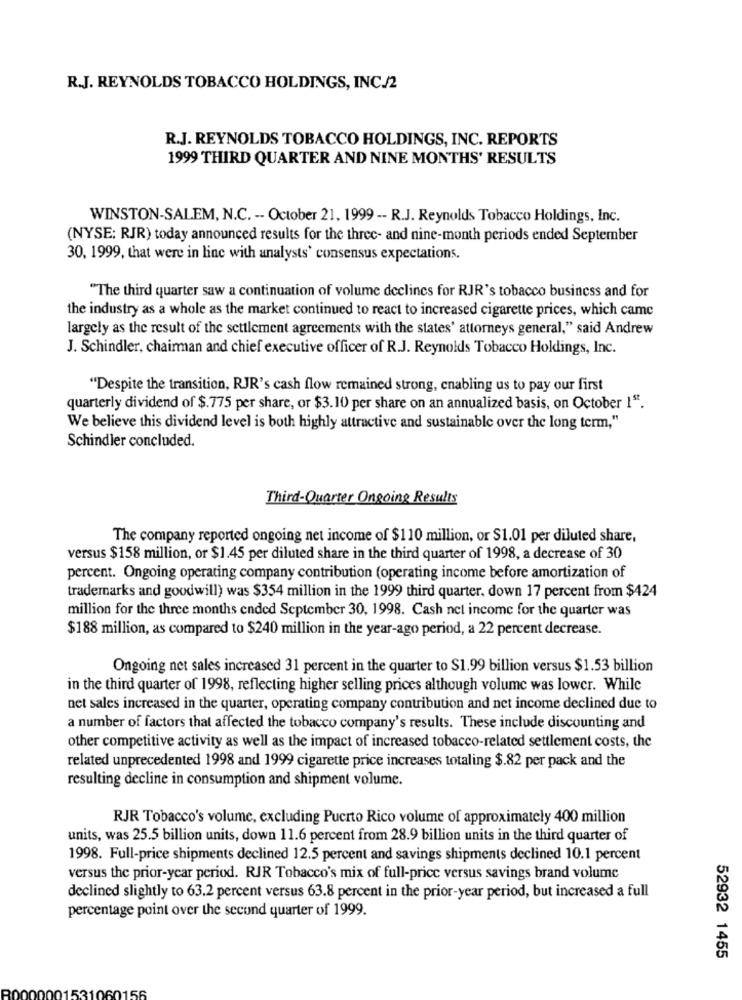
R.J. REYNOLDS TOBACCO HOLDINGS, INC./2
R.J. REYNOLDS TOBACCO HOLDINGS, INC. REPORTS
1999 THIRD QUARTER AND NINE MONTHS' RESULTS
WINSTON-SALEM, N.C. -- October 21, 1999 -- R.J. Reynolds Tobacco Holdings, Inc.
(NYSE: RJR) today announced results for the three- and nine-month periods ended September
30, 1999, that were in line with analysts' consensus expectations.
"The third quarter saw a continuation of volume declines for RJR's tobacco business and for
the industry as a whole as the market continued to react to increased cigarette prices, which came
largely as the result of the settlement agreements with the states' attorneys general," said Andrew
J. Schindler, chairman and chief executive officer of R.J. Reynolds Tobacco Holdings, Inc.
"Despite the transition, RJR's cash flow remained strong, enabling us to pay our first
quarterly dividend of $.775 per share, or $3.10 per share on an annualized basis, on October 1".
We believe this dividend level is both highly attractive and sustainable over the long term,"
Schindler concluded.
Third-Quarter Ongoing Results
The company reported ongoing net income of $110 million, or $1.01 per diluted share,
versus $158 million, or $1.45 per diluted share in the third quarter of 1998, a decrease of 30
percent. Ongoing operating company contribution (operating income before amortization of
trademarks and goodwill) was $354 million in the 1999 third quarter. down 17 percent from $424
million for the three months ended September 30, 1998. Cash net income for the quarter was
$188 million, as compared to $240 million in the year-ago period, a 22 percent decrease.
Ongoing net sales increased 31 percent in the quarter to $1.99 billion versus $1.53 billion
in the third quarter of 1998, reflecting higher selling prices although volume was lower. While
net sales increased in the quarter, operating company contribution and net income declined due to
a number of factors that affected the tobacco company's results. These include discounting and
other competitive activity as well as the impact of increased tobacco-related settlement costs, the
related unprecedented 1998 and 1999 cigarette price increases totaling $.82 per pack and the
resulting decline in consumption and shipment volume.
RJR Tobacco's volume, excluding Puerto Rico volume of approximately 400 million
units, was 25.5 billion units, down 11.6 percent from 28.9 billion units in the third quarter of
1998. Full-price shipments declined 12.5 percent and savings shipments declined 10.1 percent
versus the prior-year period. RJR Tobacco's mix of full-price versus savings brand volume
declined slightly to 63.2 percent versus 63.8 percent in the prior-year period, but increased a full
percentage point over the second quarter of 1999.
52932 1455